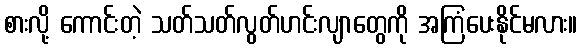
စားလို့ ကောင်းတဲ့ သတ်သတ်လွတ်ဟင်းလျာတွေကို အကြံပေးနိုင်မလား။